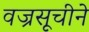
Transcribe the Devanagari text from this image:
वज्रसूचीने